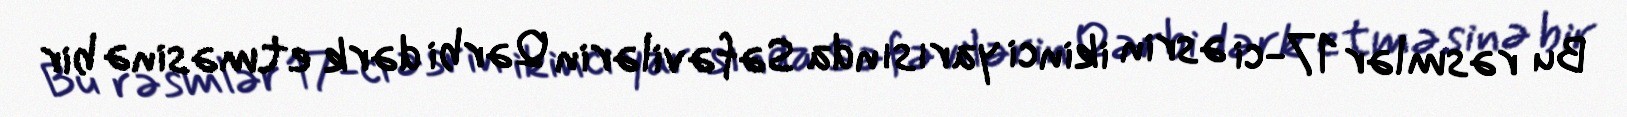
Bu rəsmlər 17-ci əsrin ikinci yarısında Səfəvilərin Qərbi dərk etməsinə bir